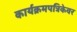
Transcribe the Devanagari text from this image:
कार्यक्रमपत्रिकेवर